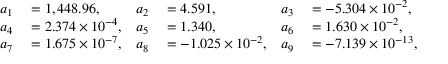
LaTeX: \begin{array} { r l r l r l } { a _ { 1 } } & { { } = 1 , 4 4 8 . 9 6 , } & { a _ { 2 } } & { { } = 4 . 5 9 1 , } & { a _ { 3 } } & { { } = - 5 . 3 0 4 \times 1 0 ^ { - 2 } , } \\ { a _ { 4 } } & { { } = 2 . 3 7 4 \times 1 0 ^ { - 4 } , } & { a _ { 5 } } & { { } = 1 . 3 4 0 , } & { a _ { 6 } } & { { } = 1 . 6 3 0 \times 1 0 ^ { - 2 } , } \\ { a _ { 7 } } & { { } = 1 . 6 7 5 \times 1 0 ^ { - 7 } , } & { a _ { 8 } } & { { } = - 1 . 0 2 5 \times 1 0 ^ { - 2 } , } & { a _ { 9 } } & { { } = - 7 . 1 3 9 \times 1 0 ^ { - 1 3 } , } \end{array}